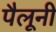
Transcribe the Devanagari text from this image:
पैलूनी